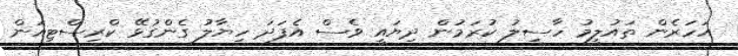
އަހަރެން ތައުލީމު ހާސިލު ކުރަމުން ދިޔައީ ވެސް އެފަދަ ހިޔާލު ގެންގުޅޭ ކްރިސްޓިއަން